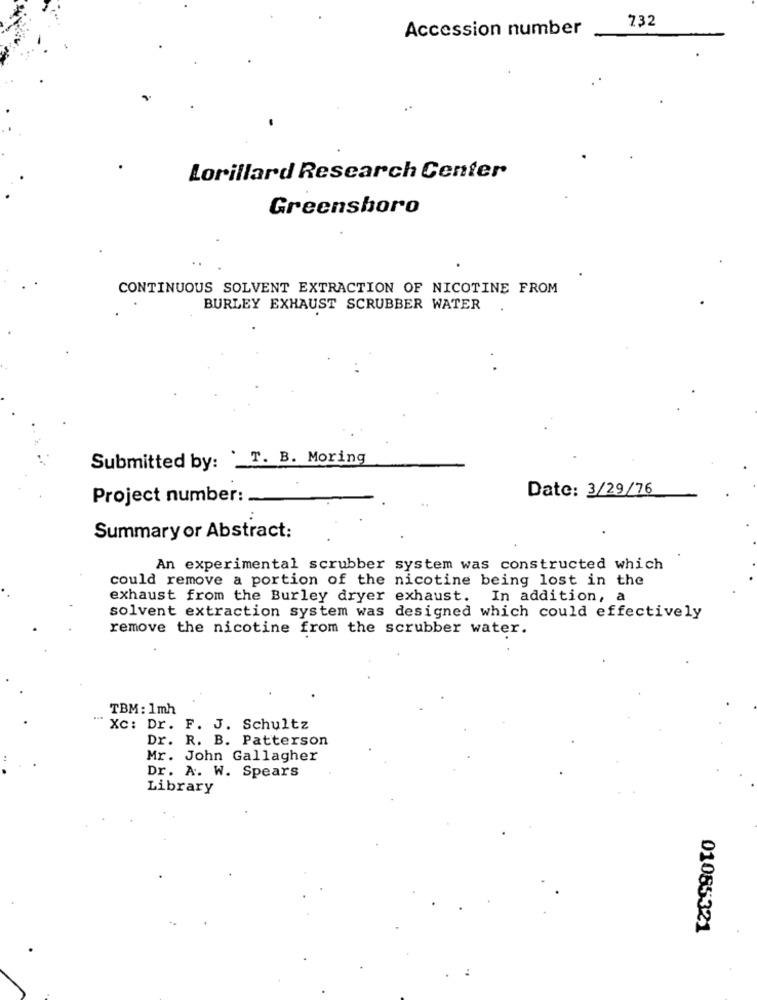
732
Accession number
Lorillard Research Center
Greensboro
CONTINUOUS SOLVENT EXTRACTION OF NICOTINE FROM
BURLEY EXHAUST SCRUBBER WATER
Submitted by: '_T. B. Moring
Date: 3/29/76
Project number:
Summary or Abstract:
An experimental scrubber system was constructed which
could remove a portion of the nicotine being lost in the
exhaust from the Burley dryer exhaust. In addition, a
solvent extraction system was designed which could effectively
remove the nicotine from the scrubber water.
TBM : 1mh
Xc: Dr. F. J. Schultz
Dr. R. B. Patterson
Mr. John Gallagher
Dr. A. W. Spears
Library
01085321